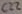
Text: C22